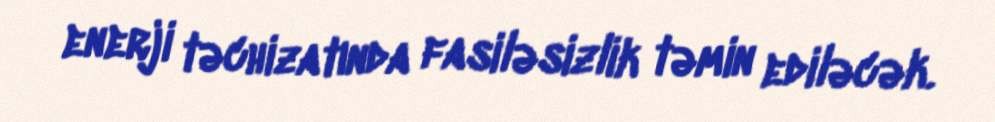
enerji təchizatında fasiləsizlik təmin ediləcək.